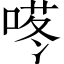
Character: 𱓜